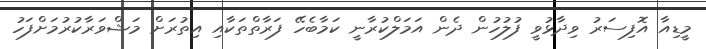
މީޑިއާ އޮފިސަރު ވިދާޅުވީ ފުލުހުން ދެން އަމަލްކުރާނީ ކަމާބެހޭ ފަރާތްތަކާއި އިތުރަށް މަޝްވަރާކުރުމަށްފަހު